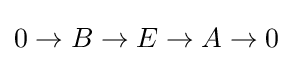
0\to B\to E\to A\to 0